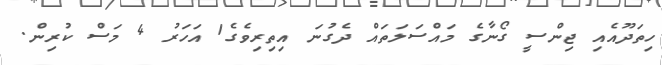
ހިތަދޫއެއި ޖިންސީ ގޯނާގެ މައްސަލަތައް ދެގުނަ އިތިރިވެގެ1 އަހަރު 4 މަސް ކުރިން.